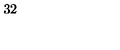
3 2